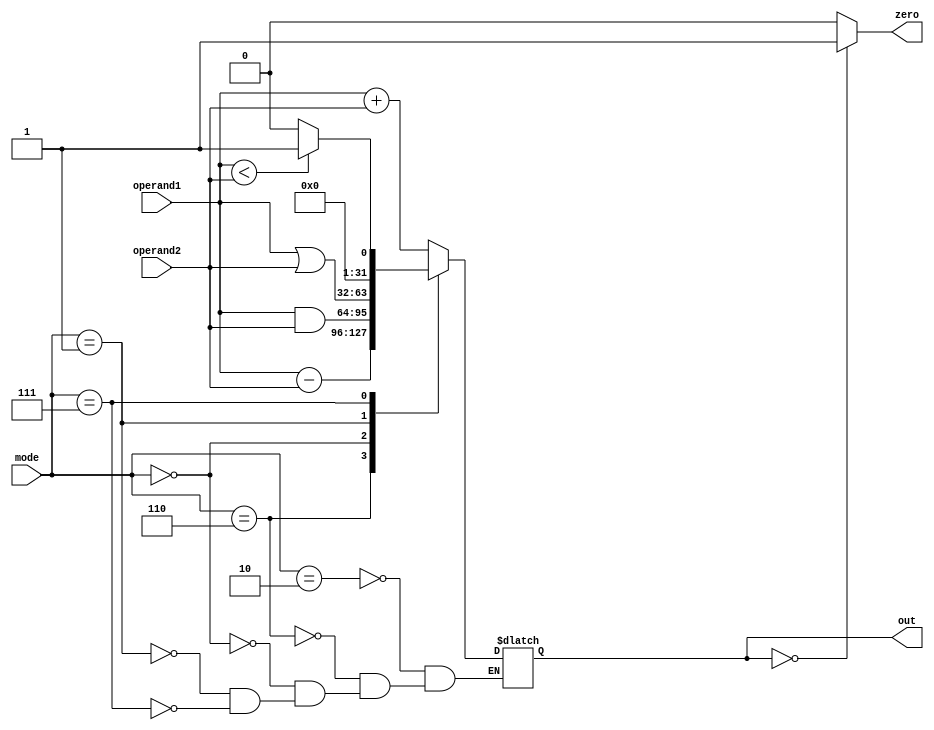
`timescale 1ns / 1ps
//////////////////////////////////////////////////////////////////////////////////
// Company: 
// Engineer: 
// 
// Design Name: 
// Module Name:    ALU 
// Project Name: 
// Target Devices: 
// Tool versions: 
// Description: 
//
// Dependencies: 
//
// Revision: 
// Revision 0.01 - File Created
// Additional Comments: 
//
//////////////////////////////////////////////////////////////////////////////////
`timescale 1ns / 1ps
//////////////////////////////////////////////////////////////////////////////////
// Company: 
// Engineer: 
// 
// Design Name: 
// Module Name:    ALU 
// Project Name: 
// Target Devices: 
// Tool versions: 
// Description: 
//
// Dependencies: 
//
// Revision: 
// Revision 0.01 - File Created
// Additional Comments: 
//
//////////////////////////////////////////////////////////////////////////////////
  module ALU
   ( input wire [31:0] operand1, operand2,
     input wire [2:0] mode, 
	 // input wire E,
	//  input wire [3:0] Rflags,
	  output wire [31:0] out,
	//  output wire [3:0] Wflags // Z C S O flags in order
	  output wire zero
    );
     reg carry ; 
	  reg [31:0] ALU_out ;
     wire Z,S,O ;
	  
	  always @*
	   begin
    //  if( E == 1) 
		 case(mode)
		  3'b010 : {carry, ALU_out} = operand1 + operand2 ;
        3'b110 : 
		   begin
			 ALU_out = operand1 - operand2 ;
			 carry = !ALU_out[31] ;
			end
		  3'b000 : ALU_out = operand1 & operand2;
		  3'b001 : ALU_out = operand1 | operand2;       	  
		  3'b111 : ALU_out = (operand1 < operand2) ? 1 : 0;
		 endcase 
		end 
	  
	  assign O = ALU_out[31] ^ ALU_out[30] ;
	  assign Z = (ALU_out == 0)? 1'b1 : 1'b0 ;
	  assign S = ALU_out[31];
	 // assign Wflags = {Z, carry, S, O}; 
	  assign zero = Z;
	  assign out = ALU_out;
	  
	endmodule